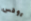
روفس